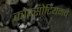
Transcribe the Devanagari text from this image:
कोन्सोर्टियमचे